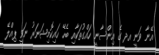
އޭނާ ވަނީ އދ ގެ އިންސާނީ ހައްގުތަކާއި ބެހޭ ހައިކޮމިޝަނަރު ނަވީ ޕިއްލޭ